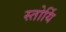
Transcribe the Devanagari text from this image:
स्तोर्यि